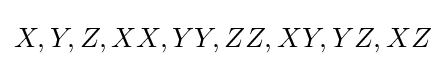
X,Y,Z,XX,YY,ZZ,XY,YZ,XZ